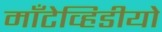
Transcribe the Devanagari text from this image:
माँटेव्हिडीयो